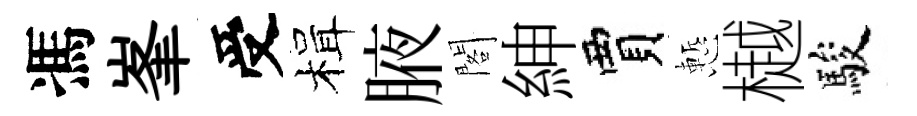
馮峯受楫腋閣紳賈慙樾駿